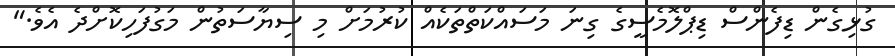
ގުޅިގެން ޑިފެންސް ޑިޕްލޮމެސީގެ ގިނަ މަސައްކަތްތަކެއް ކުރުމަށް މި ސިޔާސަތުން މަގުފަހިކޮށްދެ އެވެ."